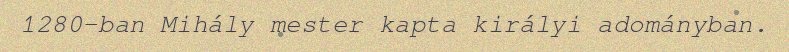
1280-ban Mihály mester kapta királyi adományban.